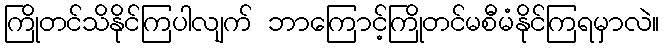
ကြိုတင်သိနိုင်ကြပါလျက် ဘာကြောင့်ကြိုတင်မစီမံနိုင်ကြရမှာလဲ။